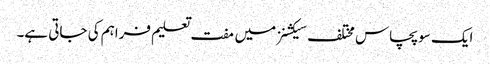
ایک سو پچاس مختلف سیکشنز میں مفت تعلیم فراہم کی جاتی ہے۔